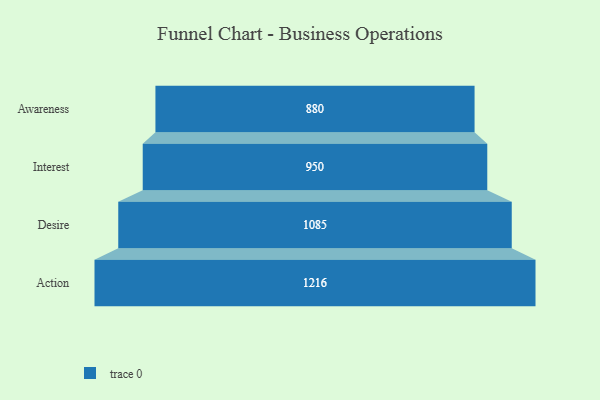
{"axis": {"x": "Stage", "y": "Value"}, "legend": [""], "data": [{"x": "Awareness", "y": 880.0, "type": ""}, {"x": "Interest", "y": 950.0, "type": ""}, {"x": "Desire", "y": 1085.0, "type": ""}, {"x": "Action", "y": 1216.0, "type": ""}]}